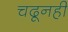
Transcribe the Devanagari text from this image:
चढूनही